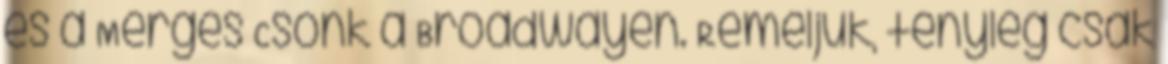
és a Mérges Csonk a Broadwayen. Reméljük, tényleg csak